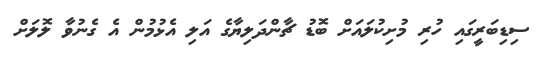
ސިޑިބަރީގައި ހުރި މުށިކުލައަށް ބޮޑު ޗާންދަލިޔާގެ އަލި އެޅުމުން އެ ގެނުވާ ލޮލަށް